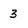
Character: 3